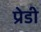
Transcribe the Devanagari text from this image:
प्रेडी